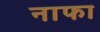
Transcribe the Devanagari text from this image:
नाफा